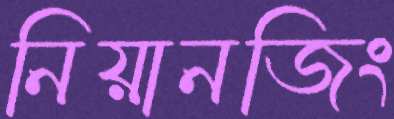
নিয়ানজিং